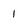
Character: 1